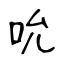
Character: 吮